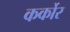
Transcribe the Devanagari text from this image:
कर्कोर